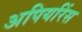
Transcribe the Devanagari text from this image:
अपियरिंस